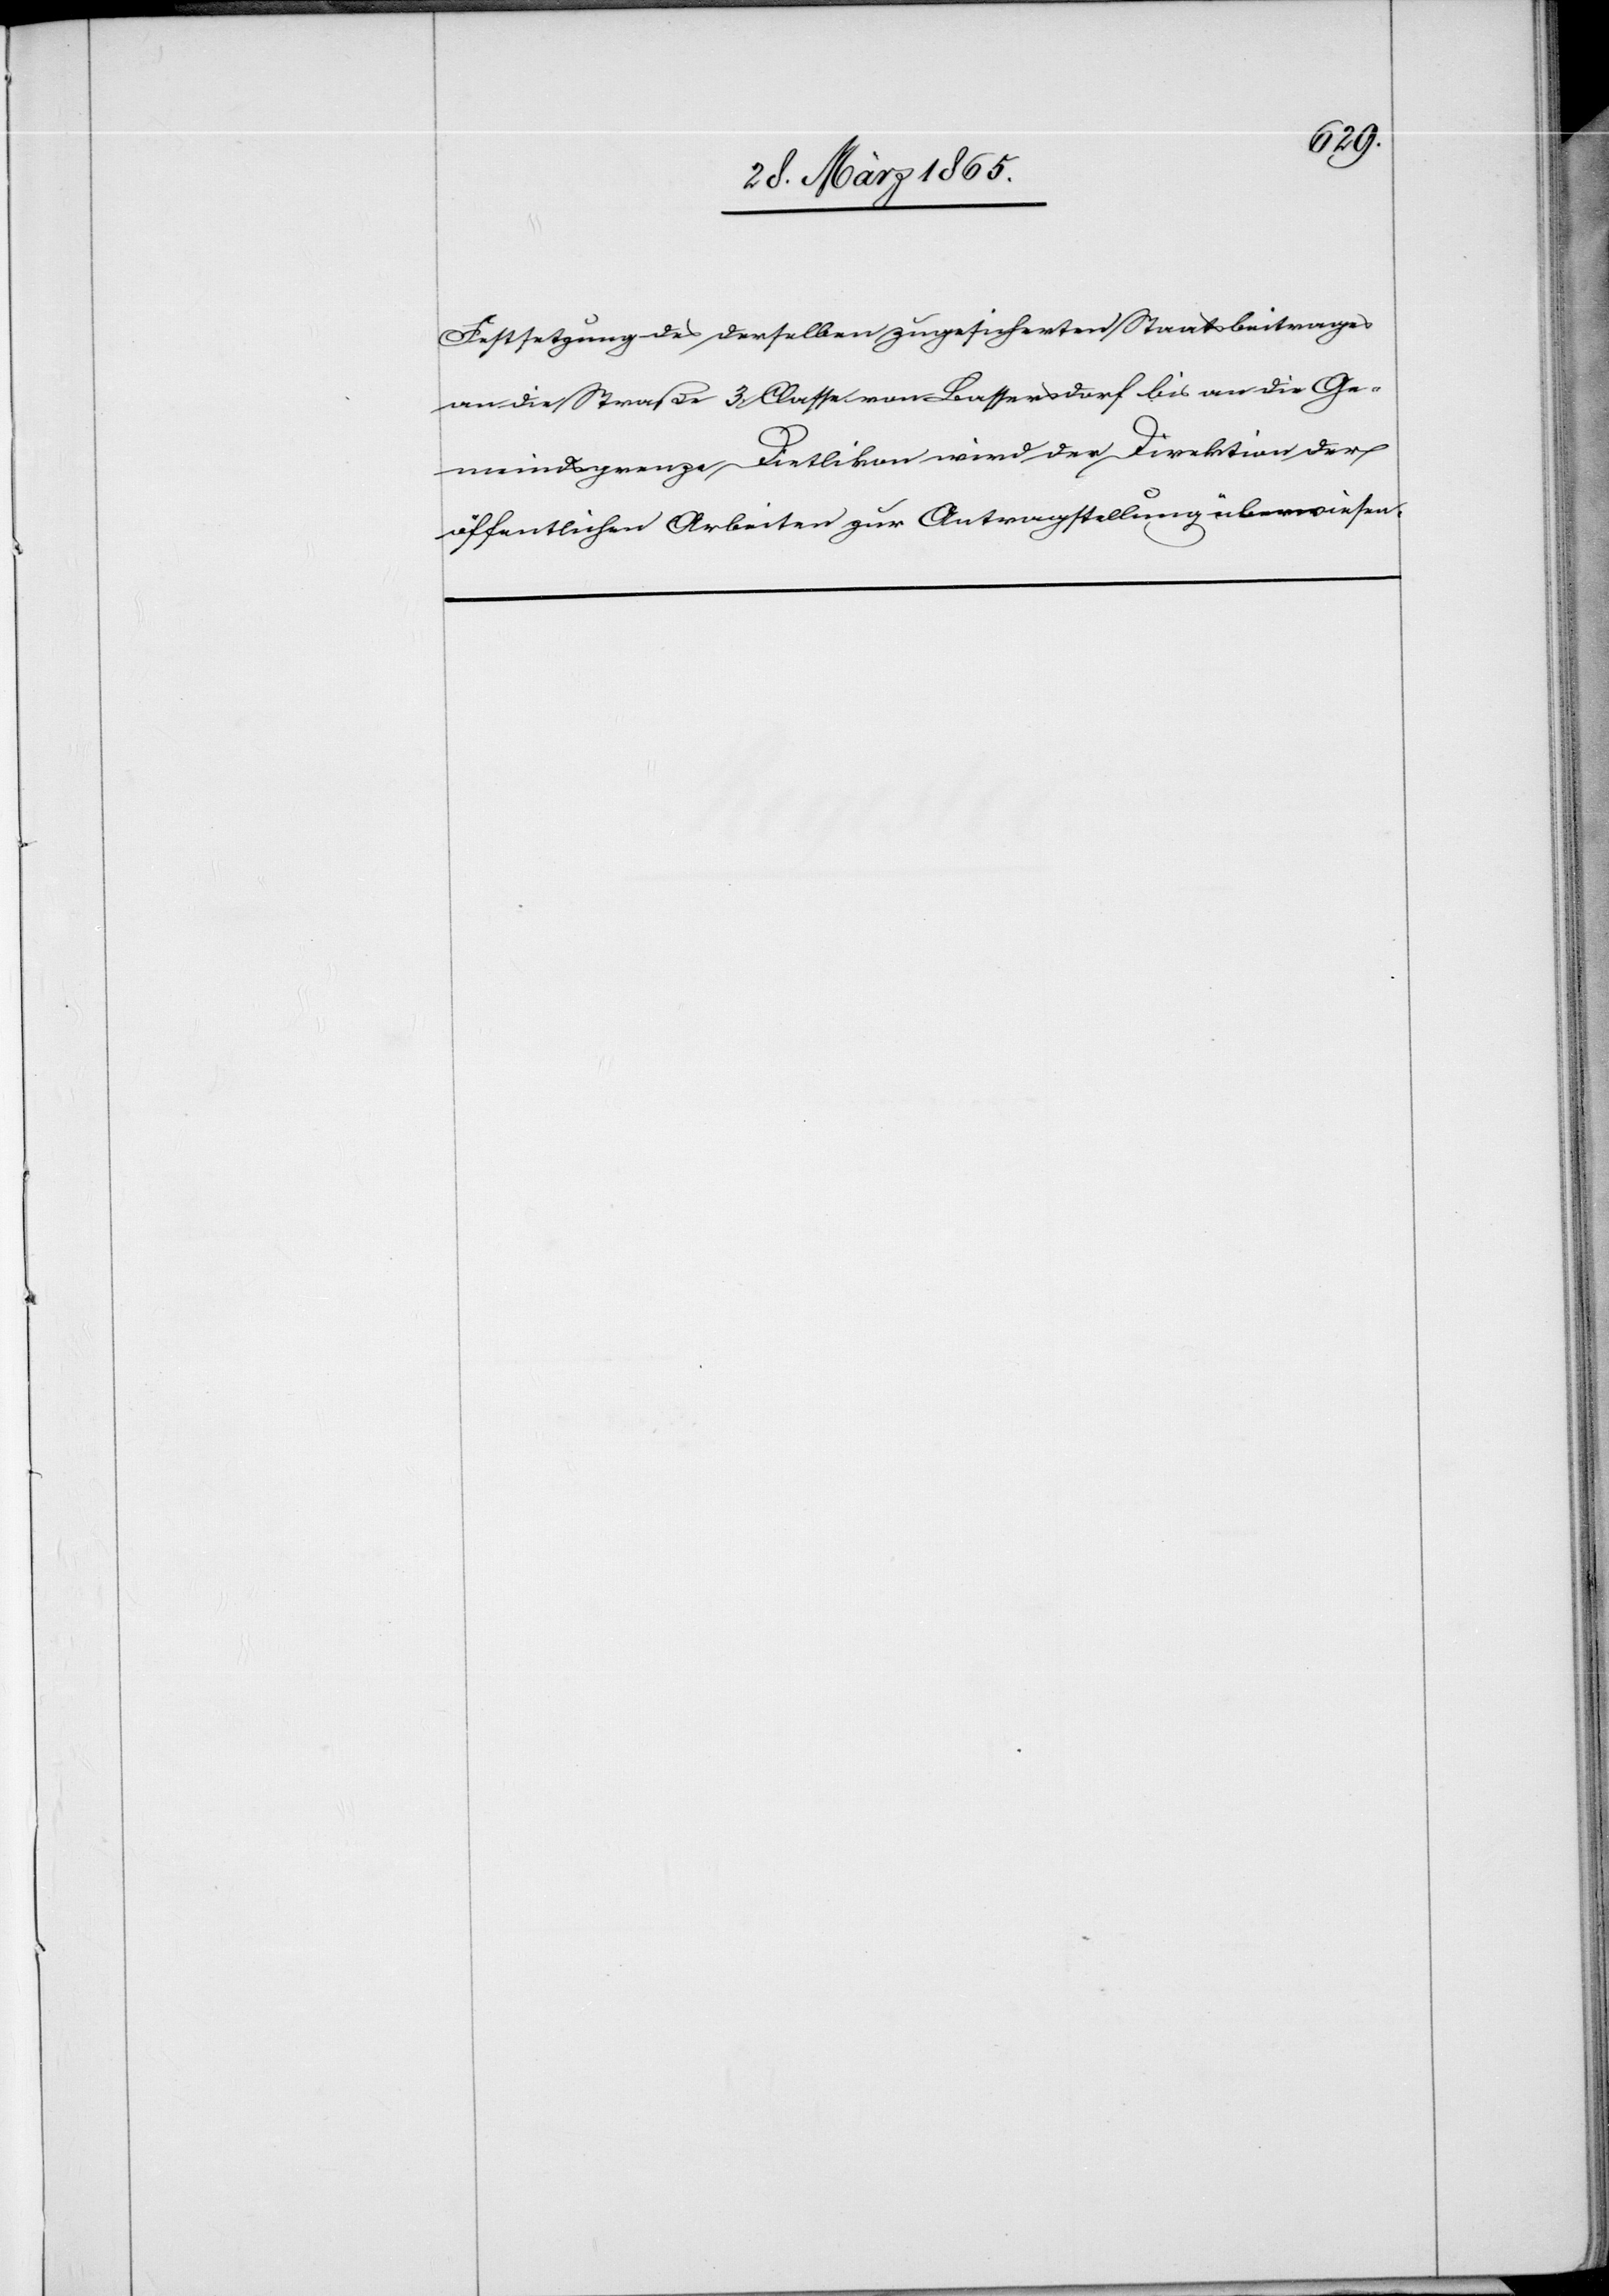
Festsetzung des derselben zugesicherten Staatsbeitrages
an die Straße 3. Classe von Bassersdorf bis an die Ge¬
meindsgrenze Dietlikon wird der Direktion der
öffentlichen Arbeiten zur Antragstellung überwiesen.